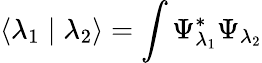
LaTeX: \left<\lambda_{1}\mid\lambda_{2}\right>=\int\Psi_{\lambda_{1}}^{*}\Psi_{\lambda_{2}}